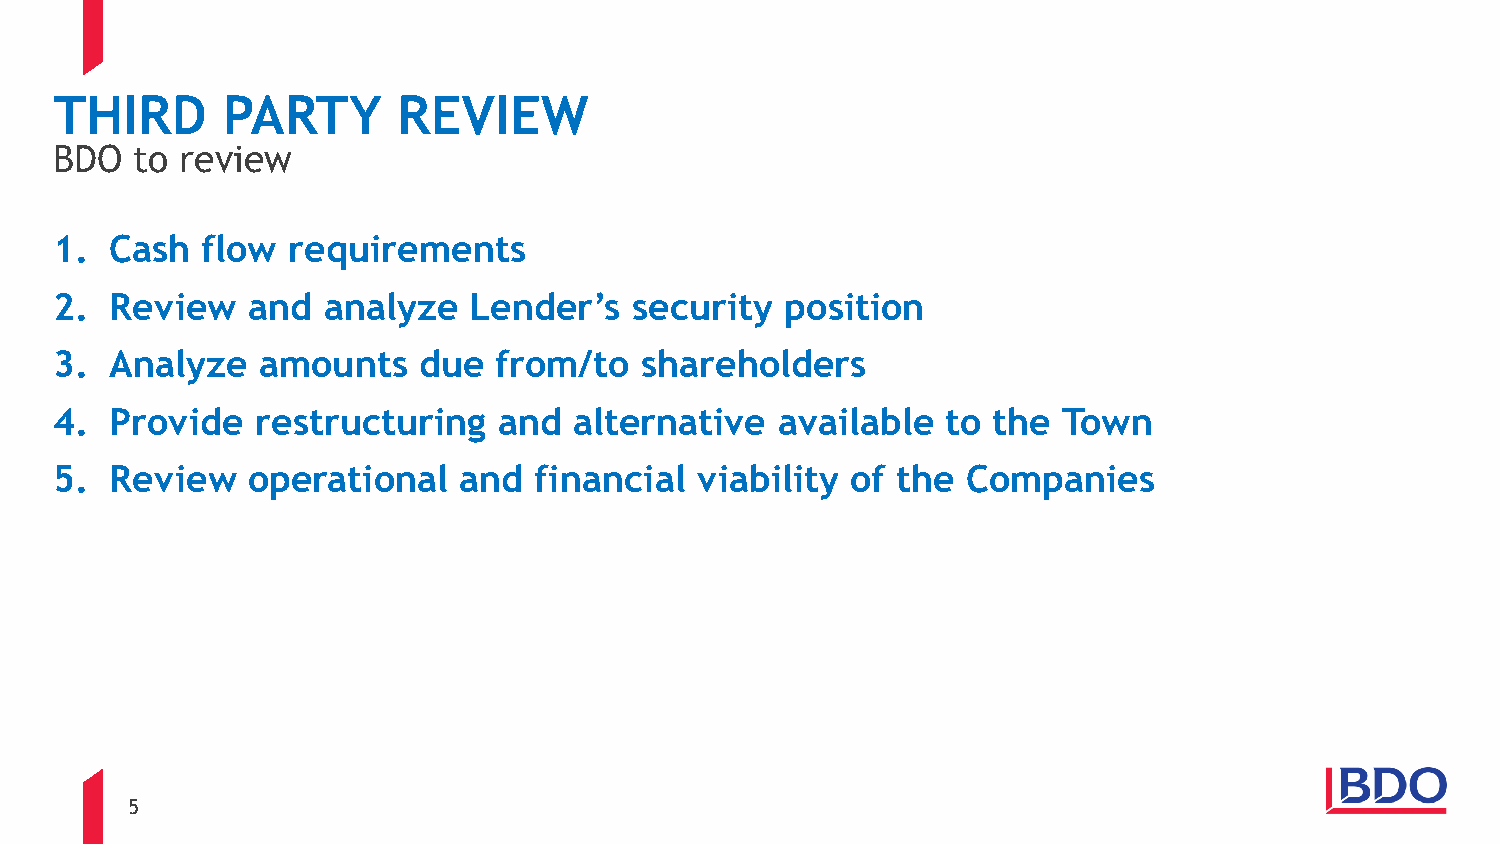
THIRD      PARTY      REVIEW
 BDO  to review
 1. Cash  flow  requirements
 2. Review   and  analyze   Lender’s   security  position
 3. Analyze   amounts    due  from/to  shareholders
 4. Provide   restructuring   and  alternative   available  to the Town
 5. Review   operational   and  financial  viability of the  Companies
 5